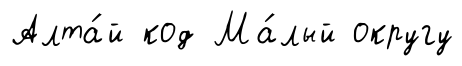
Алта́й код Ма́лый округу